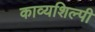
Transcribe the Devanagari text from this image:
काव्यशिल्पी